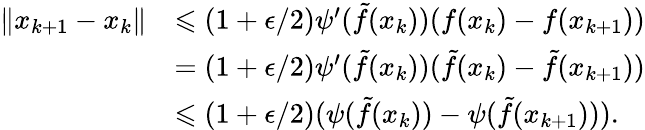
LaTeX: \begin{array}{rl}{\| x_{k+1}-x_{k}\| }&{\leqslant(1+\epsilon/2)\psi^{\prime}(\tilde{f}(x_{k}))(f(x_{k})-f(x_{k+1}))}\\ &{=(1+\epsilon/2)\psi^{\prime}(\tilde{f}(x_{k}))(\tilde{f}(x_{k})-\tilde{f}(x_{k+1}))}\\ &{\leqslant(1+\epsilon/2)(\psi(\tilde{f}(x_{k}))-\psi(\tilde{f}(x_{k+1}))).}\end{array}